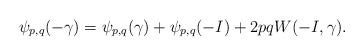
LaTeX: \begin{align*}\psi_{p,q}(-\gamma) = \psi_{p,q}(\gamma) + \psi_{p,q}(-I) + 2pq W(-I, \gamma).\end{align*}